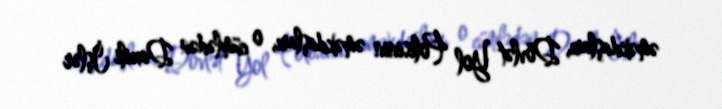
əməkdaşları, Dövlət Yol Polisinin əməkdaşları, o cümlədən Daxili İşlər